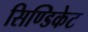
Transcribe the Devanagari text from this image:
सिण्डिकेट